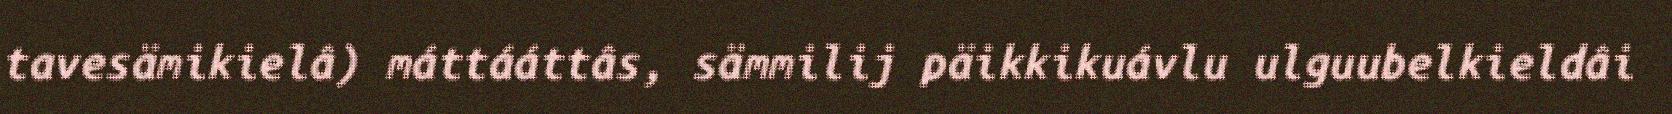
tavesämikielâ) máttááttâs, sämmilij päikkikuávlu ulguubelkieldâi